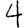
Digit: 4